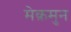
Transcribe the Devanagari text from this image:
मेक़मुन